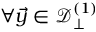
\forall \vec { y } \in \mathcal { D } _ { \perp } ^ { ( 1 ) }